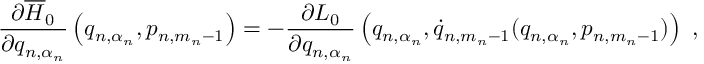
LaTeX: \frac { \partial \overline { { { H } } } _ { 0 } } { \partial q _ { n , \alpha _ { n } } } \left( q _ { n , \alpha _ { n } } , p _ { n , m _ { n } - 1 } \right) = - \frac { \partial L _ { 0 } } { \partial q _ { n , \alpha _ { n } } } \left( q _ { n , \alpha _ { n } } , \dot { q } _ { n , m _ { n } - 1 } ( q _ { n , \alpha _ { n } } , p _ { n , m _ { n } - 1 } ) \right) \ ,